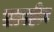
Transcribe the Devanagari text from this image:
तत्वहीन